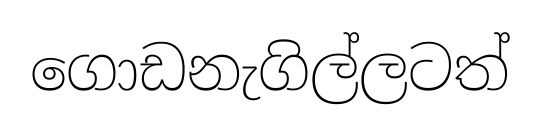
ගොඩනැගිල්ලටත්